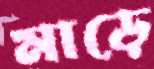
মাড়ে